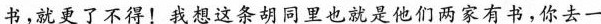
书，就更了不得！我想这条胡同里也就是他们两家有书，你去一